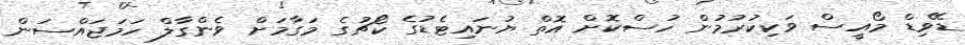
ޑޭވިޑް މޯއީސް ވަކިކުރުމުން ހުސްކޮށް އޮތް ޔުނައިޓެޑުގެ ކޯޗުގެ މަގާމަށް ވެންގާލް ހަމަޖައްސަން